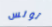
تونس